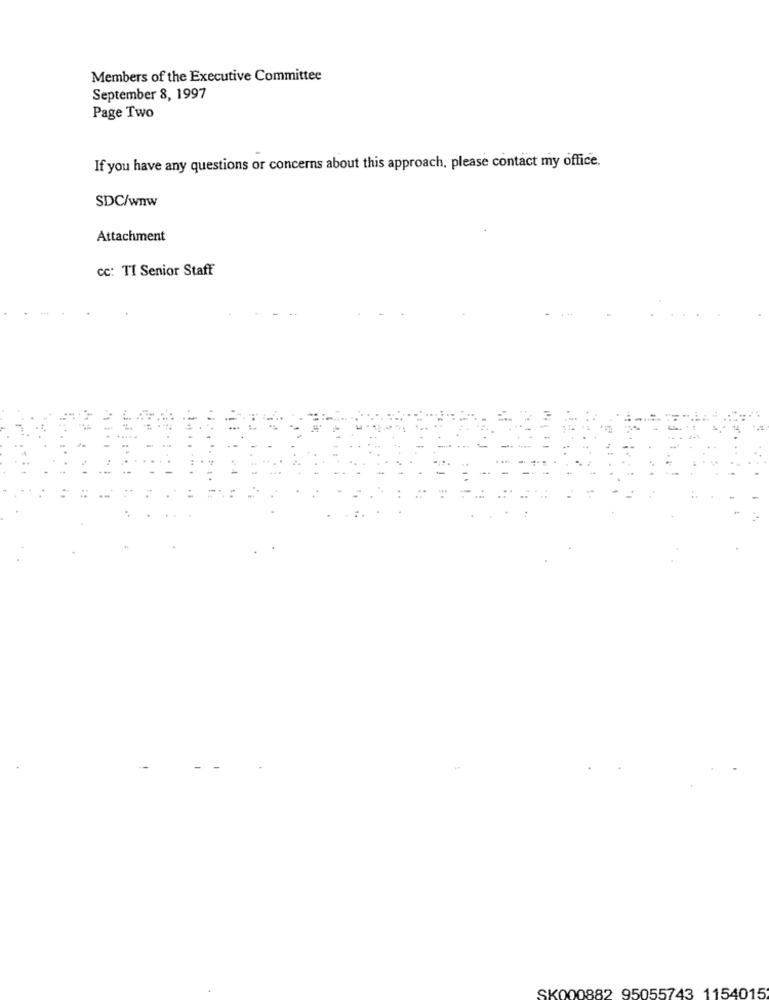
Members of the Executive Committee
September 8, 1997
Page Two
If you have any questions or concerns about this approach, please contact my office.
SDC/wnw
Attachment
cc: TI Senior Staff
SK000882 95055743 1154015